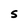
Character: S